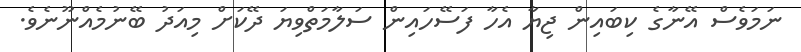
ނަމަވެސް އޭނާގެ ކިބައިން ޖިޔާ އެހާ ފަސޭހައިން ސަލާމަތްވިޔަ ދޭކަށް މިއަދު ބޭނުމެއްނޫނެވެ.